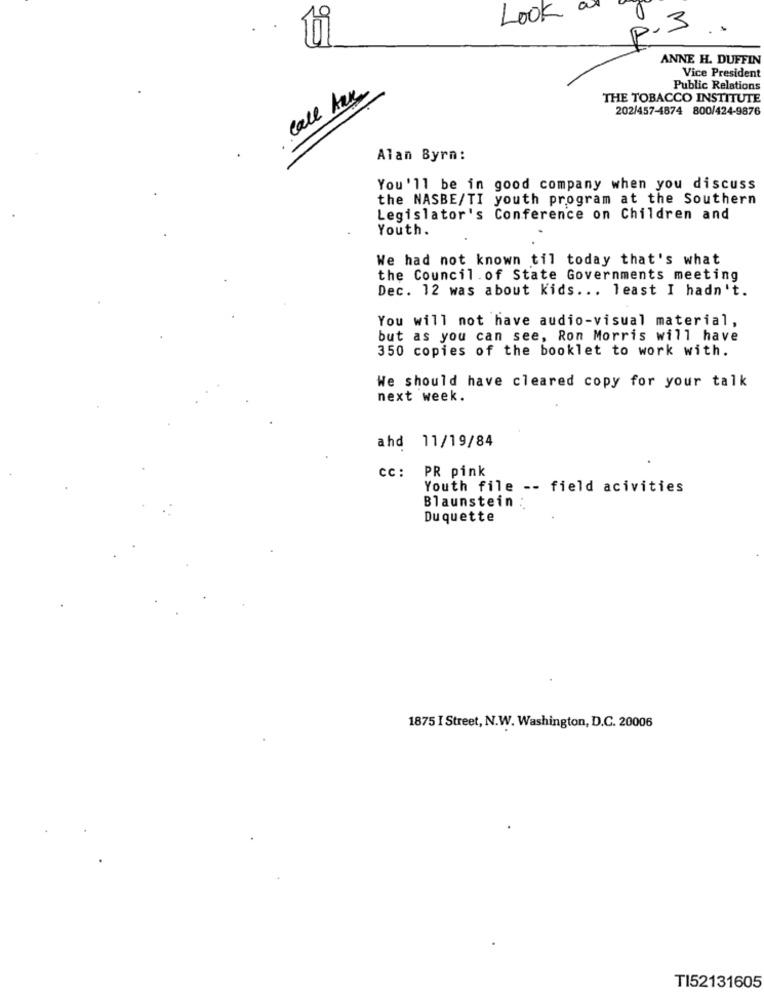
0
Look
P.3
ANNE H. DUFFIN
Vice President
Call Aak
Public Relations
THE TOBACCO INSTITUTE
202/457-4874 800/424-9876
Alan Byrn:
You'll be in good company when you discuss
the NASBE/TI youth program at the Southern
Legislator's Conference on Children and
Youth.
We had not known til today that's what
the Council. of State Governments meeting
Dec. 12 was about kids ... least I hadn't.
You will not have audio-visual material,
but as you can see, Ron Morris will have
350 copies of the booklet to work with.
We should have cleared copy for your talk
next week.
ahd 11/19/84
cc :
PR pink
Youth file -- field acivities
Blaunstein :
Duquette
1875 I Street, N.W. Washington, D.C. 20006
TI52131605